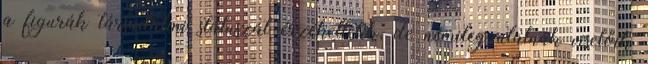
a figurák társadalmi státuszát érzékeltetik, de némileg utalnak viselőik